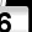
Digit: 6